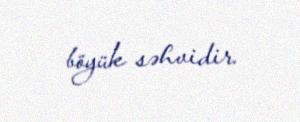
böyük səhvidir.